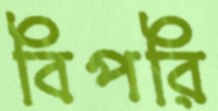
বিপরি